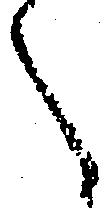
之